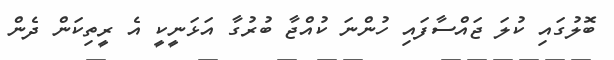
ބޮލުގައި ކުލަ ޖައްސާފައި ހުންނަ ކުއްޖާ ބުރުގާ އަޅަނީކީ އެ ރީތިކަން ދެން